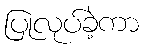
ပြုလုပ်ခဲ့ကာ